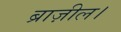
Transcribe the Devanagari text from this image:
ब्राज़ील।